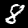
Digit: 8